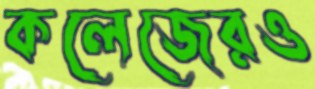
কলেজেরও